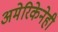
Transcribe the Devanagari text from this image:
अमेरिकेनेही